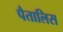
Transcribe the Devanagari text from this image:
पैतालिस